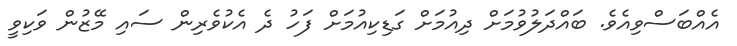
އެއްބަސްވިއެވެ. ބައްދަލުވުމަށް ދިއުމަށް ގަޑިކިއުމަށް ފަހު ދެ އެކުވެރިން ސައި މޭޒުން ވަކިވީ